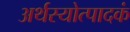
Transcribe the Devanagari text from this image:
अर्थस्योत्पादकं